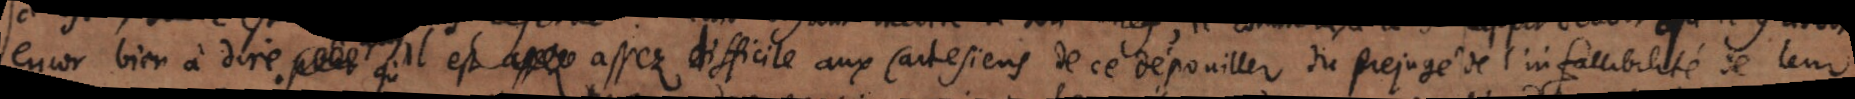
encor bien à dire. qu’il est assez difficile aux Cartesiens de se dépouiller du prejugé de l’infallibilité de leur